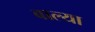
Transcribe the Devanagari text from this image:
बाल्या